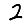
Digit: 2